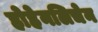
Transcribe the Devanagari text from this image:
होहेनलिचेन